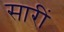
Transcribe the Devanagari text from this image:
सारीं